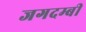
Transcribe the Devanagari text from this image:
जगदम्बी